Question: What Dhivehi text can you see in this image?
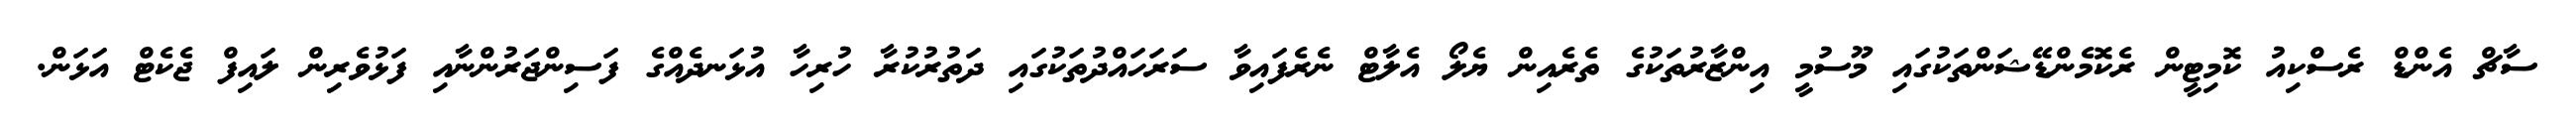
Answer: ސާޗް އެންޑް ރެސްކިއު ކޮމިޓީން ރެކޮމެންޑޭޝަންތަކުގައި މޫސުމީ އިންޒާރުތަކުގެ ތެރެއިން ޔެލޯ އެލާޓް ނެރެފައިވާ ސަރަހައްދުތަކުގައި ދަތުރުކުރާ ހުރިހާ އުޅަނދެއްގެ ފަސިންޖަރުންނާއި ފަޅުވެރިން ލައިފް ޖެކެޓް އަޅަން.